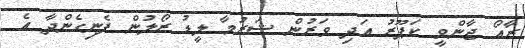
ރާއޯ ޖާންވީ ކަޕޫރު އަދި ވަރުން ޝަރުމާ ލީޑު ރޯލުން ފެނިގެންދާ އެ